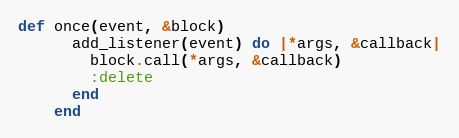
Language: Ruby
def once(event, &block)
      add_listener(event) do |*args, &callback|
        block.call(*args, &callback)
        :delete
      end
    end